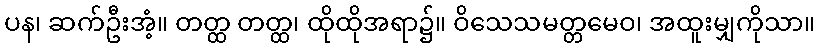
ပန၊ ဆက်ဦးအံ့။ တတ္ထ တတ္ထ၊ ထိုထိုအရာ၌။ ဝိသေသမတ္တမေဝ၊ အထူးမျှကိုသာ။